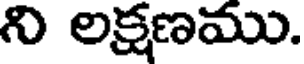
ని లక్షణము.